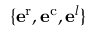
\{ \mathbf { e } ^ { \mathrm { { r } } } , \mathbf { e } ^ { \mathrm { { c } } } , \mathbf { e } ^ { l } \}